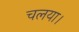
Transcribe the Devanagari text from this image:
चलया।